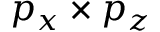
p _ { x } \times p _ { z }